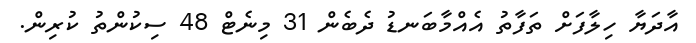
އާދަޔާ ހިލާފަށް ތަފާތު އެއްމާބަނޑު ދެބެން 31 މިނެޓް 48 ސިކުންތު ކުރިން.